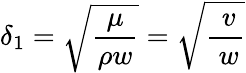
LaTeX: \delta_{1}={\sqrt{\frac{\mu}{\rho w}}}={\sqrt{\frac{\ v}{\ w}}}